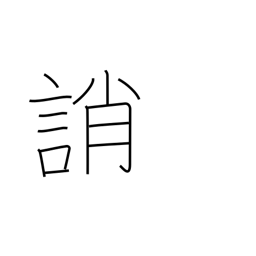
Meaning: blame